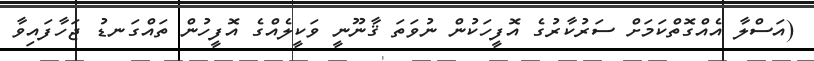
(އަސްލާ އެއްގޮތްކަމަށް ސަރުކާރުގެ އޮފީހަކުން ނުވަތަ ޤާނޫނީ ވަކީލެއްގެ އޮފީހުން ތައްގަނޑު ޖަހާފައިވާ